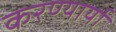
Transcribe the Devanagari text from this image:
करण्यार्या